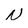
Character: N